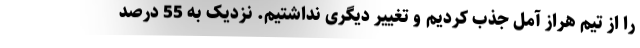
را از تیم هراز آمل جذب کردیم و تغییر دیگری نداشتیم. نزدیک به 55 درصد